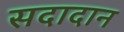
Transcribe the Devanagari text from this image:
सदादान